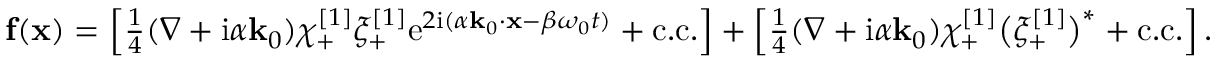
\begin{array} { r } { \mathbf { f } ( \mathbf { x } ) = \left[ \frac { 1 } { 4 } ( \nabla + \mathrm { i } \alpha \mathbf { k } _ { 0 } ) \chi _ { + } ^ { [ 1 ] } { \xi } _ { + } ^ { [ 1 ] } \mathrm { e } ^ { 2 \mathrm { i } ( \alpha \mathbf { k } _ { 0 } \cdot \mathbf { x } - \beta \omega _ { 0 } t ) } + \mathrm { c . c . } \right] + \left[ \frac { 1 } { 4 } ( \nabla + \mathrm { i } \alpha \mathbf { k } _ { 0 } ) \chi _ { + } ^ { [ 1 ] } \big ( \xi _ { + } ^ { [ 1 ] } \big ) ^ { * } + \mathrm { c . c . } \right] . } \end{array}